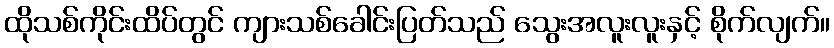
ထိုသစ်ကိုင်းထိပ်တွင် ကျားသစ်ခေါင်းပြတ်သည် သွေးအလူးလူးနှင့် စိုက်လျက်။